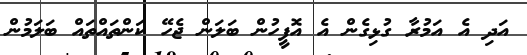
އަދި އެ އަމުރާ ގުޅިގެން އެ އޮފީހުން ބަލަން ޖެހޭ ކަންތައްތައް ބަލަމުން